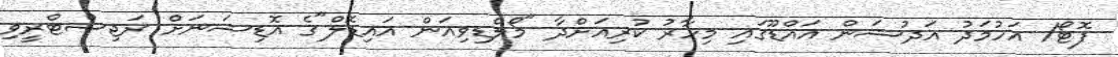
ފޮޓޯ/ އަހުމަދު އަދުޝަން އައްޑޫގައި މިހާރު ކުރިއަށްދާ "މޯލްޑިވިއަން އައިޑޮލް"ގެ އޮޑިޝަނަށް ރަޖިސްޓްރީވި